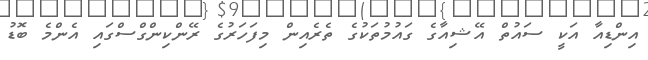
އިންޑިއާ އަކީ ސައުތް އޭޝިއާގެ ގައުމުތަކުގެ ތެރެއިން މިފަހަރުގެ ރޭންކިންގްސްގައި އެންމެ ބޮޑު